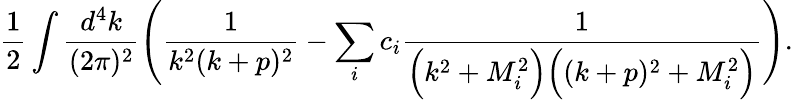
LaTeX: \frac{1}{2}\int\frac{d^{4}k}{(2\pi)^{2}}\Bigg(\frac{1}{k^{2}(k+p)^{2}}-\sum_{i}c_{i}\frac{1}{\Big(k^{2}+M_{i}^{2}\Big)\Big((k+p)^{2}+M_{i}^{2}\Big)}\Bigg).